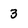
Character: 3